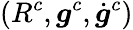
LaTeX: (R^{c},\boldsymbol{g}^{c},\dot{\boldsymbol{g}}^{c})